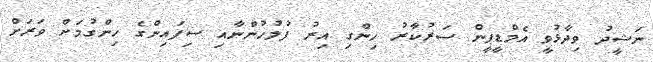
ނަޝީދު ވިދާޅުވީ އެމްޑީޕީން ސަރުކާރު ހިންގި އިރު ފުލުހުންނާއި ސިފައިންގެ ހިންގުމަށް ވަރަށް